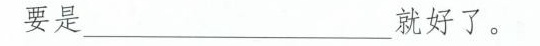
要是___就好了。